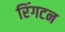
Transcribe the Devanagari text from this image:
रिंगटन